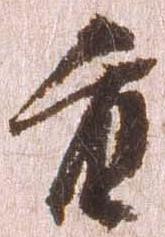
重